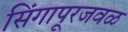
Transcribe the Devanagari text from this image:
सिंगापूरजवळ